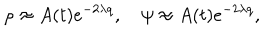
LaTeX: \rho \approx A ( t ) e ^ { - 2 \lambda q } , ~ \psi \approx A ( t ) e ^ { - 2 \lambda q } ,